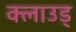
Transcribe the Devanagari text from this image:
क्लाउड्